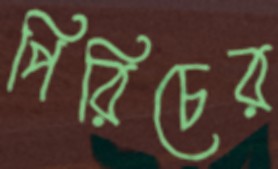
পিরিচের